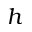
h